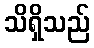
သိရှိသည်